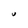
Character: U